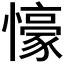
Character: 𭟖